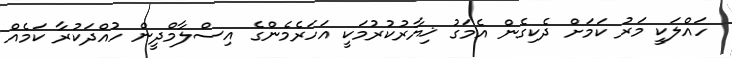
ހައްލަކީ މަރު ކަމަށް ދެކިގެން އެމަގު ޚިޔާރުކުރުމަކީ އަހަރެމެންގެ އިސްލާމްދީން ހުއްދަކުރާ ކަމެއް